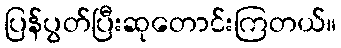
ပြန်ပွတ်ပြီးဆုတောင်းကြတယ်။